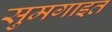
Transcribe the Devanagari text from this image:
सुमगाइत